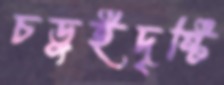
চড়ুইদৃষ্টি